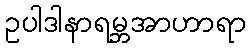
ဥပါဒါနာရမ္ဘအာဟာရာ